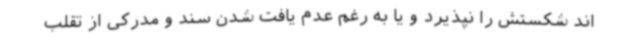
اند شکستش را نپذیرد و یا به رغم عدم یافت شدن سند و مدرکی از تقلب